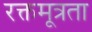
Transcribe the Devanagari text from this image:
रक्तमूत्रता